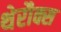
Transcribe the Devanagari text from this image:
थेरौक्स